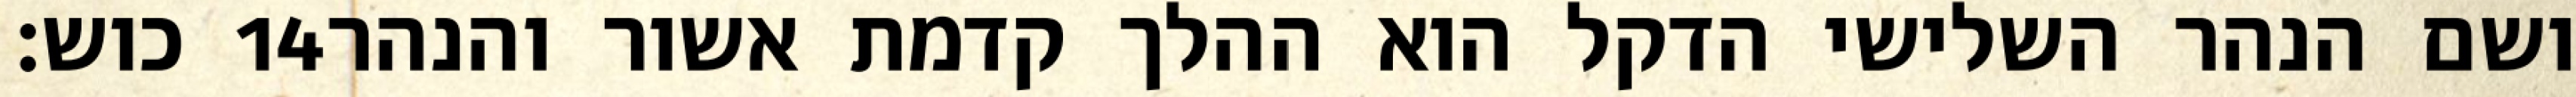
כוש׃ ‎14‏ ושם הנהר השלישי הדקל הוא ההלך קדמת אשור והנהר